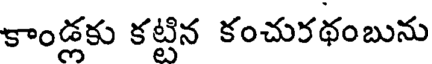
కాండ్లకు కట్టిన కంచురథంబును